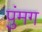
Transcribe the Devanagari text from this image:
पुंमग